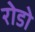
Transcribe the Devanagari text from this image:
रोडो